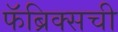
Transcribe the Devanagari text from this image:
फॅब्रिक्सची